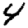
Digit: 4